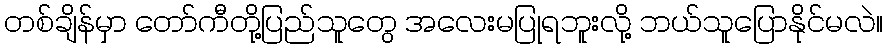
တစ်ချိန်မှာ တော်ကီတို့ပြည်သူတွေ အလေးမပြုရဘူးလို့ ဘယ်သူပြောနိုင်မလဲ။